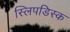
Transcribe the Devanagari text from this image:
स्लिपडिस्क